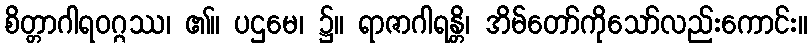
စိတ္တာဂါရဝဂ္ဂဿ၊ ၏။ ပဌမေ၊ ၌။ ရာဇာဂါရန္တိ၊ အိမ်တော်ကိုသော်လည်းကောင်း။